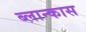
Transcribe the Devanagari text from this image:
ब्लान्कास